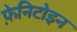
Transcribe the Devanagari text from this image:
फ़ेनिटोइन